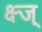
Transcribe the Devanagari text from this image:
क्ष्ज्